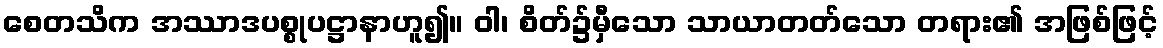
စေတသိက အဿာဒပစ္စုပဋ္ဌာနာဟူ၍။ ဝါ၊ စိတ်၌မှီသော သာယာတတ်သော တရား၏ အဖြစ်ဖြင့်